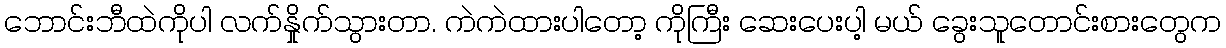
ဘောင်းဘီထဲကိုပါ လက်နှိုက်သွားတာ. ကဲကဲထားပါတော့ ကိုကြီး ဆေးပေးပါ့ မယ် ခွေးသူတောင်းစားတွေက